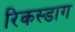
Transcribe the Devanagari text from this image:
रिकस्डाग